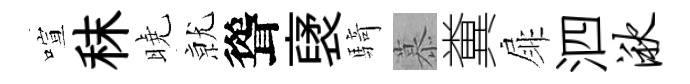
喧秣曉𭕒聳裦騎慕糞扉泗湫